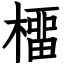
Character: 橊